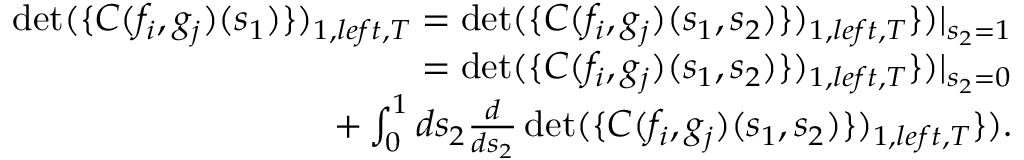
\begin{array} { r l r } & { } & { \operatorname* { d e t } ( \{ C ( f _ { i } , g _ { j } ) ( s _ { 1 } ) \} ) _ { 1 , l e f t , { \cal T } } = \operatorname* { d e t } ( \{ C ( f _ { i } , g _ { j } ) ( s _ { 1 } , s _ { 2 } ) \} ) _ { 1 , l e f t , { \cal T } } \} ) | _ { s _ { 2 } = 1 } } \\ & { } & { = \operatorname* { d e t } ( \{ C ( f _ { i } , g _ { j } ) ( s _ { 1 } , s _ { 2 } ) \} ) _ { 1 , l e f t , { \cal T } } \} ) | _ { s _ { 2 } = 0 } } \\ & { } & { \quad \quad \quad + \int _ { 0 } ^ { 1 } d s _ { 2 } \frac { d } { d s _ { 2 } } \operatorname* { d e t } ( \{ C ( f _ { i } , g _ { j } ) ( s _ { 1 } , s _ { 2 } ) \} ) _ { 1 , l e f t , { \cal T } } \} ) . } \end{array}